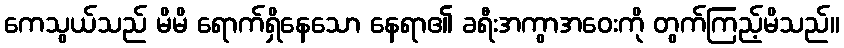
ကေသွယ်သည် မိမိ ရောက်ရှိနေသော နေရာ၏ ခရီးအကွာအဝေးကို တွက်ကြည့်မိသည်။